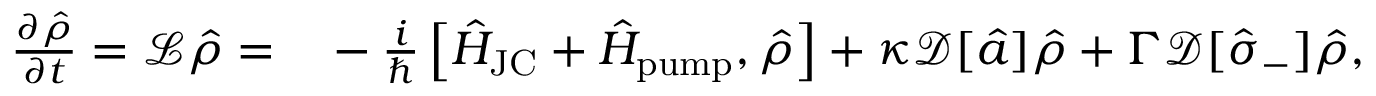
\begin{array} { r l } { \frac { \partial \hat { \rho } } { \partial t } = \mathcal { L } \hat { \rho } = } & { { } - \frac { i } { \hbar } \left[ \hat { H } _ { \mathrm { J C } } + \hat { H } _ { \mathrm { p u m p } } , \hat { \rho } \right] + \kappa \mathcal { D } [ \hat { a } ] \hat { \rho } + \Gamma \mathcal { D } [ \hat { \sigma } _ { - } ] \hat { \rho } , } \end{array}